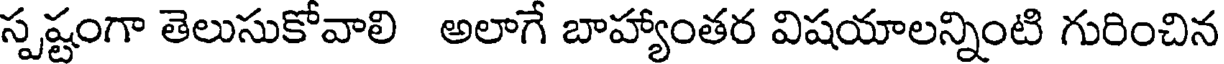
స్పష్టంగా తెలుసుకోవాలి అలాగే బాహ్యాంతర విషయాలన్నింటి గురించిన